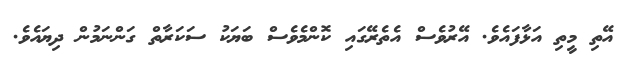
އޭތި މީތި އަޅާފައެވެ. އޭރުވެސް އެތެރޭގައި ކޮންމެވެސް ބަޔަކު ސަކަރާތް ގަންނަމުން ދިޔައެވެ.